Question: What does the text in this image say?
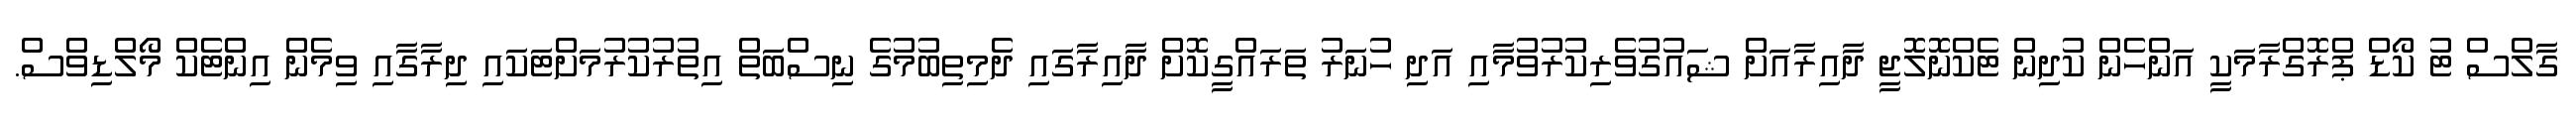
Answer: ގާލްސް ޓު ކޯޑް ޕްރޮގްރާމަކީ އަންހެން ކުދިން ޓެކްނޮލޮޖީ ދާއިރާއަށް ޝައުގުވެރިކުރުވުމާއި އަދި ހުނަރު ތަރައްގީކޮށް ދާއިރާގައި ދެމިތިބުމުގެ ނިސްބަތް އިތުރުކުރުމަށްޓަކައި ދިރާގާއި ވިމެން އިންޓެކް މޯލްޑިވްސް.